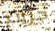
جريت